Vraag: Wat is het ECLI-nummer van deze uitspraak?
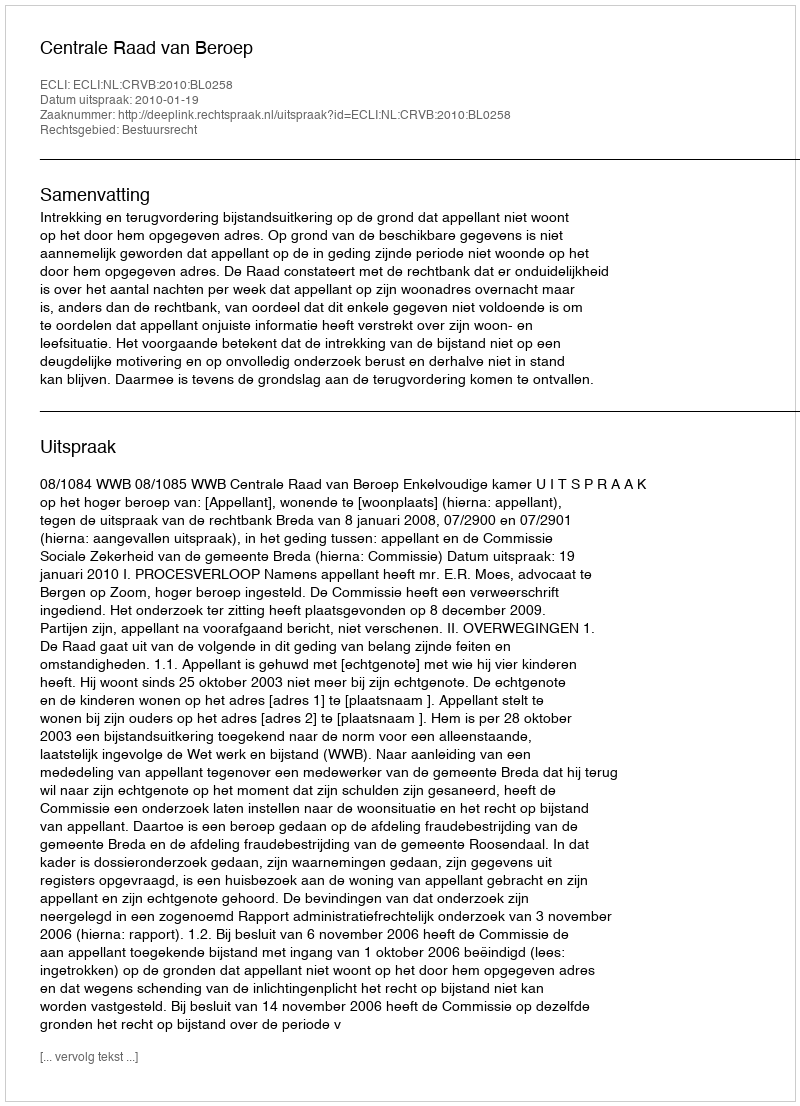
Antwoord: ECLI:NL:CRVB:2010:BL0258